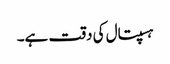
ہسپتال کی دقت ہے۔